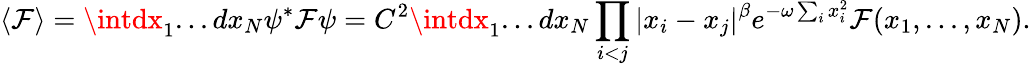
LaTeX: \langle\mathcal{F}\rangle=\intdx_{1}...dx_{N}\psi^{*}\mathcal{F}\psi=C^{2}\intdx_{1}...dx_{N}\prod_{i<j}|x_{i}-x_{j}|^{\beta}e^{-\omega\sum_{i}x_{i}^{2}}\mathcal{F}(x_{1},...,x_{N}).